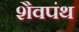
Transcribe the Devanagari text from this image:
शैवपंथ